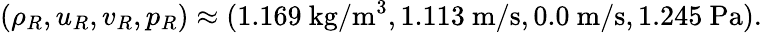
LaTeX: (\rho_{R},u_{R},v_{R},p_{R})\approx(1.169\mathrm{~kg}/\mathrm{m}^{3},1.113\mathrm{~m}/\mathrm{s},0.0\mathrm{~m}/\mathrm{s},1.245\mathrm{~Pa}).